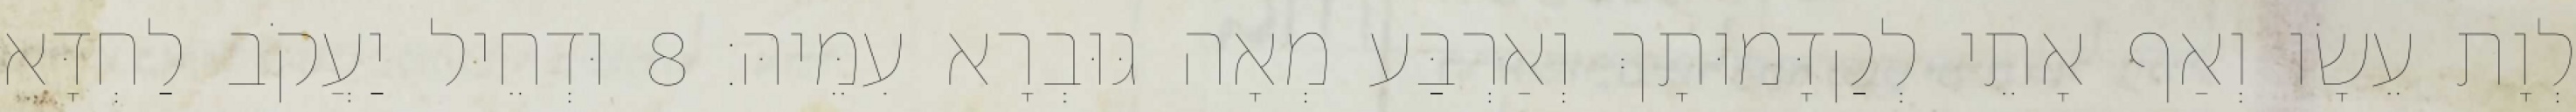
לְוָת עֵשָׂו וְאַף אָתֵי לְקַדָּמוּתָךְ וְאַרְבַּע מְאָה גּוּבְרָא עִמֵּיהּ׃ 8 וּדְחֵיל יַעֲקֹב לַחְדָּא